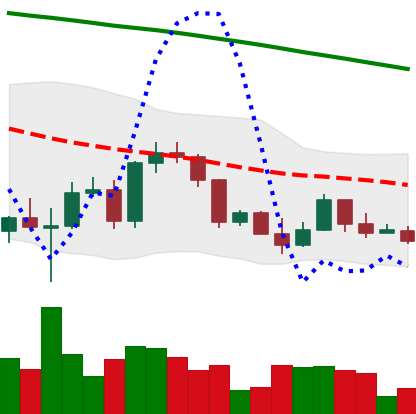
Ticker: ETH-USD
Chart end date: 2022-03-13
Forward return: 16.928%
Label: up_7plus